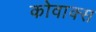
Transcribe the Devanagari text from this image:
कोवाक्स